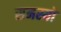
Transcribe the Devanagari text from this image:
समस्यो